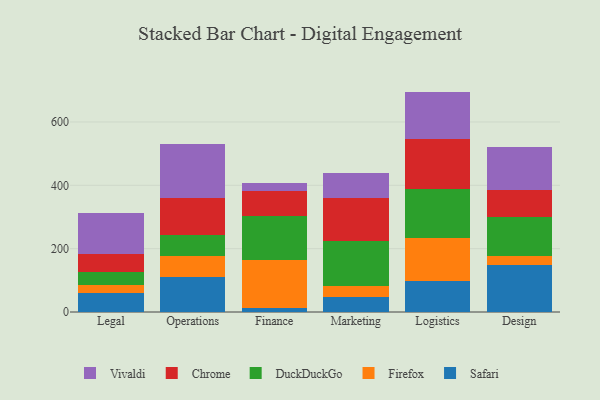
{"axis": {"x": "Department", "y": "Temperature (°C)"}, "legend": ["Chrome", "DuckDuckGo", "Firefox", "Safari", "Vivaldi"], "data": [{"x": "Legal", "y": 61.5, "type": "Safari"}, {"x": "Legal", "y": 23.4, "type": "Firefox"}, {"x": "Legal", "y": 40.0, "type": "DuckDuckGo"}, {"x": "Legal", "y": 58.6, "type": "Chrome"}, {"x": "Legal", "y": 128.2, "type": "Vivaldi"}, {"x": "Operations", "y": 109.1, "type": "Safari"}, {"x": "Operations", "y": 68.5, "type": "Firefox"}, {"x": "Operations", "y": 65.0, "type": "DuckDuckGo"}, {"x": "Operations", "y": 118.1, "type": "Chrome"}, {"x": "Operations", "y": 170.2, "type": "Vivaldi"}, {"x": "Finance", "y": 12.5, "type": "Safari"}, {"x": "Finance", "y": 151.6, "type": "Firefox"}, {"x": "Finance", "y": 139.8, "type": "DuckDuckGo"}, {"x": "Finance", "y": 79.5, "type": "Chrome"}, {"x": "Finance", "y": 24.9, "type": "Vivaldi"}, {"x": "Marketing", "y": 46.5, "type": "Safari"}, {"x": "Marketing", "y": 36.3, "type": "Firefox"}, {"x": "Marketing", "y": 141.2, "type": "DuckDuckGo"}, {"x": "Marketing", "y": 137.3, "type": "Chrome"}, {"x": "Marketing", "y": 77.1, "type": "Vivaldi"}, {"x": "Logistics", "y": 99.1, "type": "Safari"}, {"x": "Logistics", "y": 133.6, "type": "Firefox"}, {"x": "Logistics", "y": 155.5, "type": "DuckDuckGo"}, {"x": "Logistics", "y": 157.2, "type": "Chrome"}, {"x": "Logistics", "y": 150.5, "type": "Vivaldi"}, {"x": "Design", "y": 147.4, "type": "Safari"}, {"x": "Design", "y": 29.1, "type": "Firefox"}, {"x": "Design", "y": 123.1, "type": "DuckDuckGo"}, {"x": "Design", "y": 84.5, "type": "Chrome"}, {"x": "Design", "y": 137.8, "type": "Vivaldi"}]}